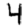
Digit: 4